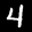
Label: 4